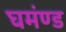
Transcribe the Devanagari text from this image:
घमंण्ड